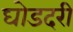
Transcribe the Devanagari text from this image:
घोडदरी